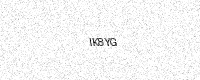
Text: IK8YG